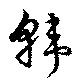
韓